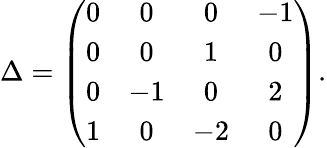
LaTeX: \Delta=\left(\begin{array}{cccc}{{0}}&{{0}}&{{0}}&{{-1}}\\ {{0}}&{{0}}&{{1}}&{{0}}\\ {{0}}&{{-1}}&{{0}}&{{2}}\\ {{1}}&{{0}}&{{-2}}&{{0}}\end{array}\right).